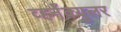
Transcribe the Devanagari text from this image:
व्हर्नॅक्युलर